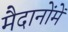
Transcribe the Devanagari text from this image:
मैदानोंमें